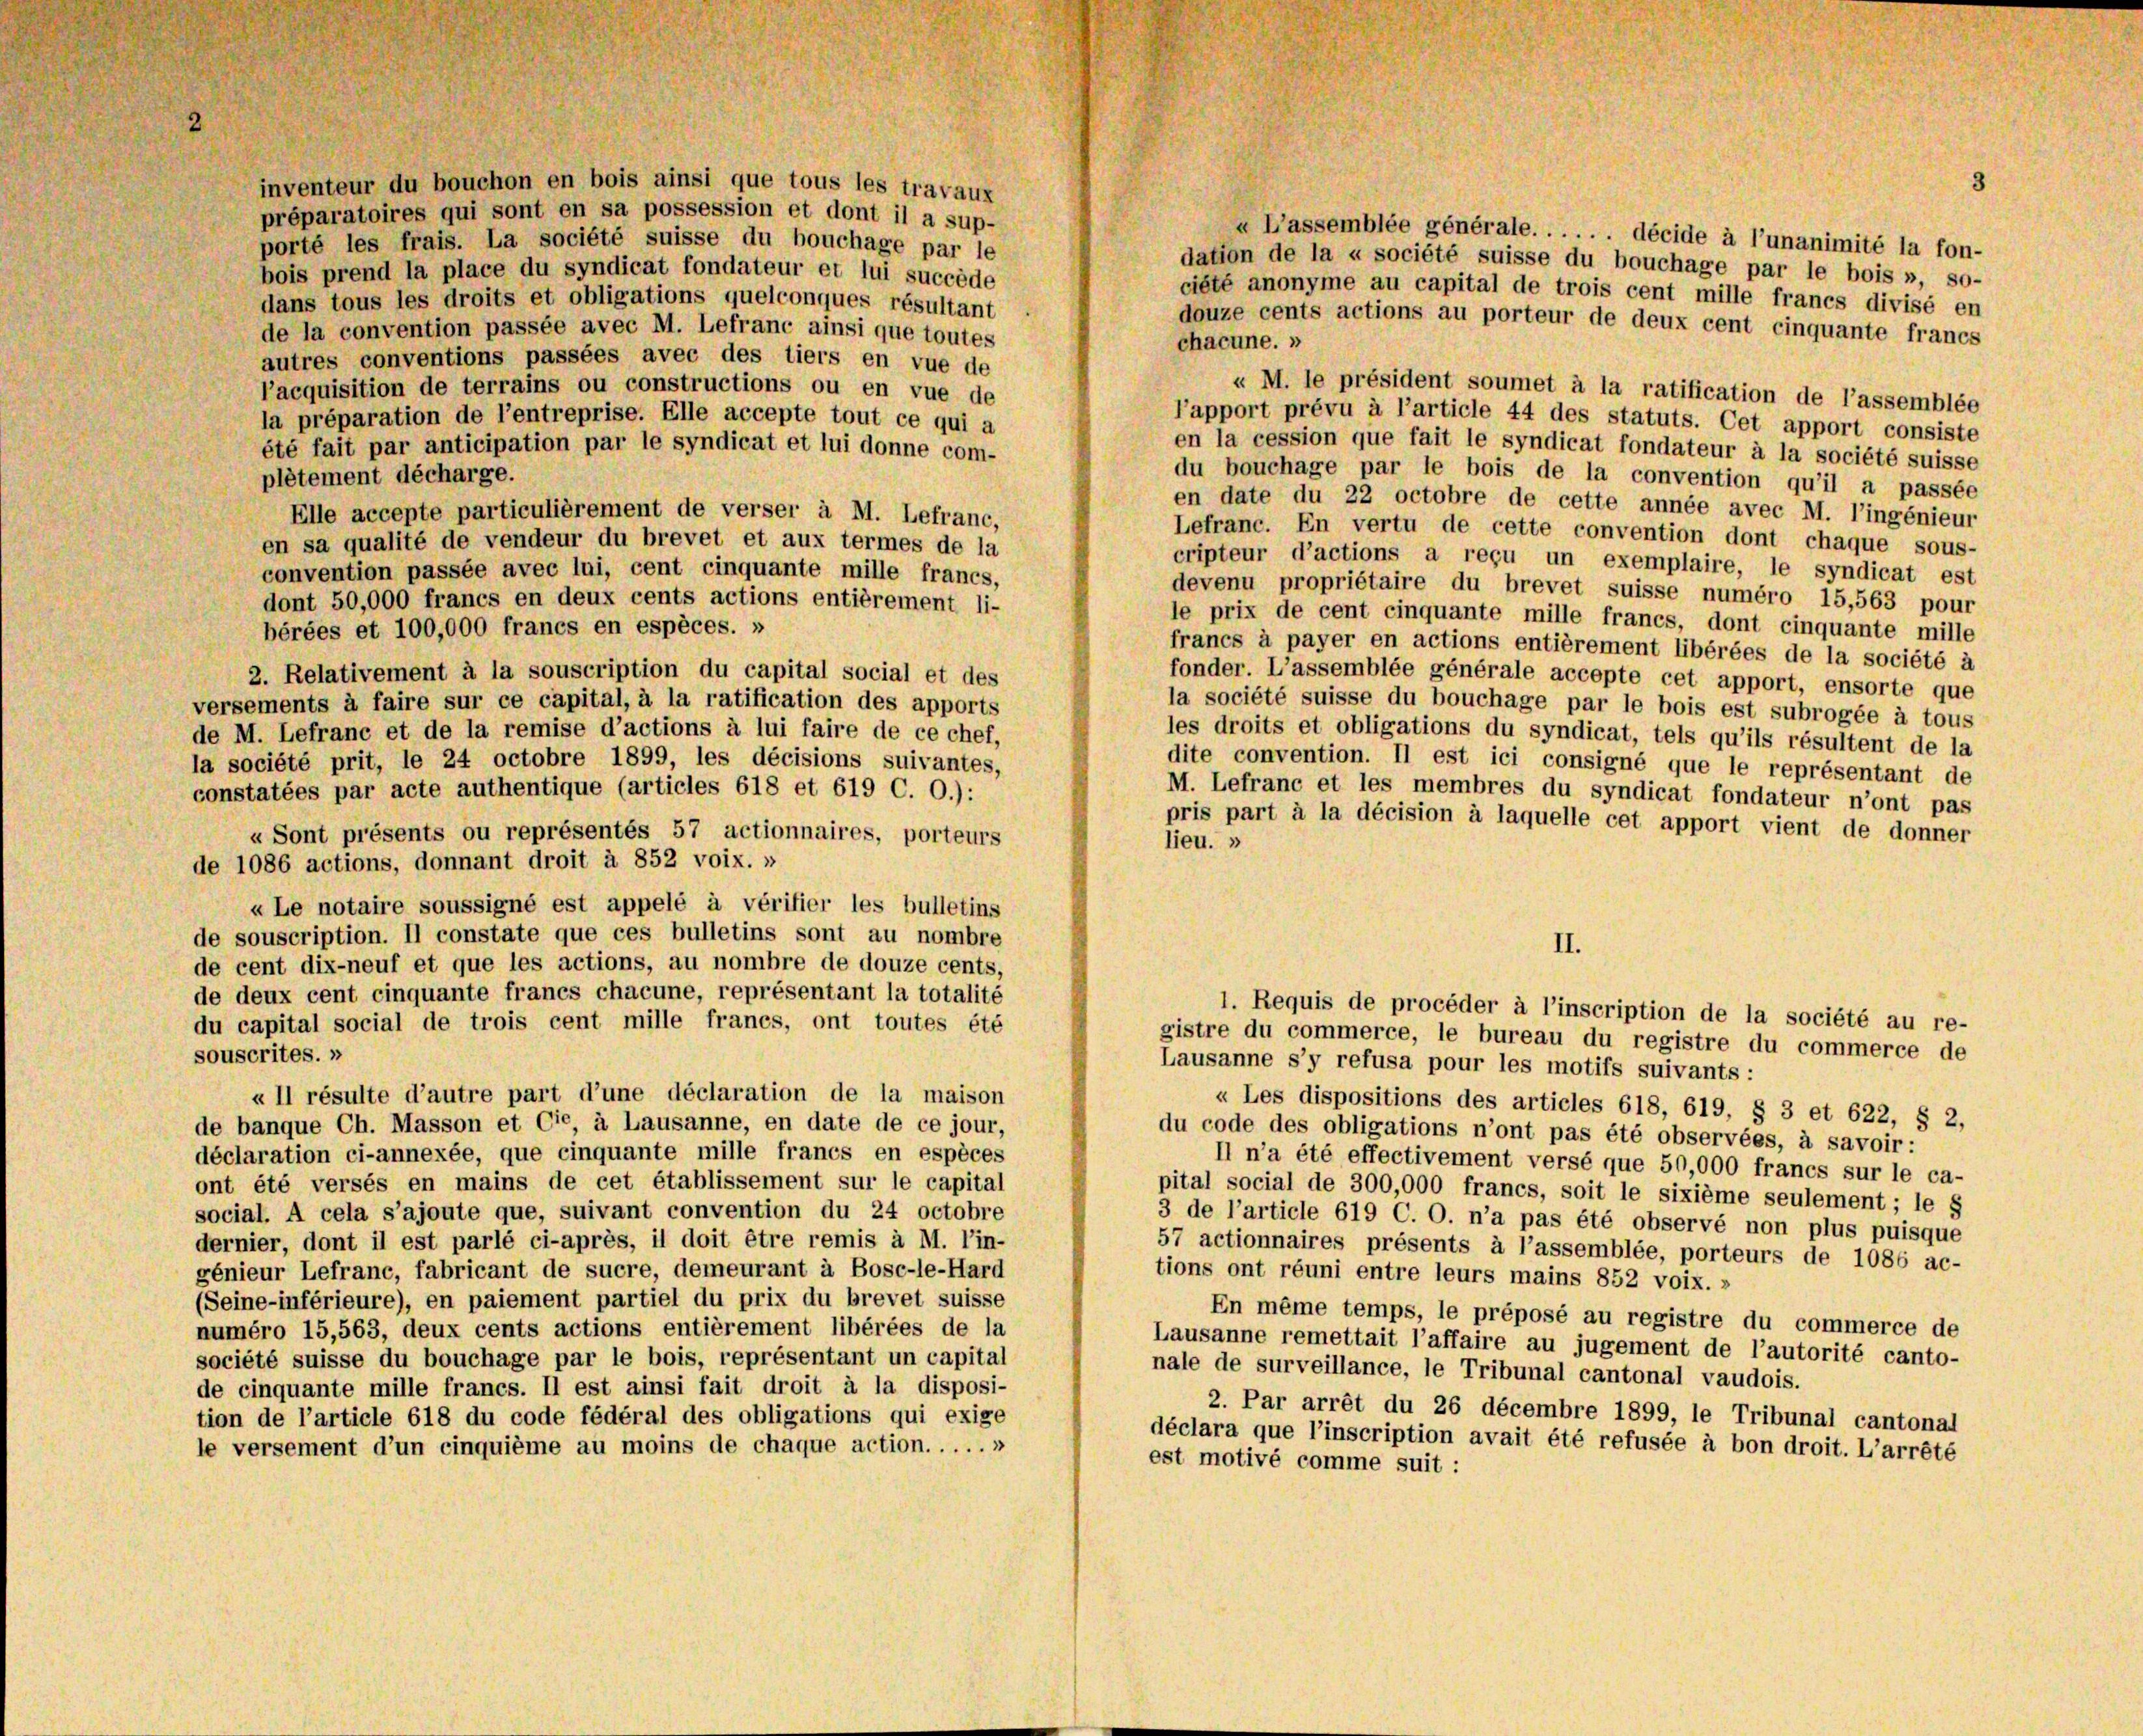
8
préparatoires qui sont en sa possession et dont il a sup-
u L’assemblée générale. . . . . . décide à l’unanimité la fon-
porté les frais. La société suisse du bouchage par le
dation de la « société suisse du bouchage par le bois », so-
bois prend la place du syndicat fondateur et lui succède
ciété anonyme au capital de trois cent mille francs divisé en
dans tous les droits et obligations quelconques résultant
douze cents actions au porteur de deux cent cinquante francs
de la convention passée avec M. Lefranc ainsi que toutes
chacune. »
autres conventions passées avec des tiers en vue de
l’acquisition de terrains ou constructions ou en vue de
u M. le président soumet à la ratification de l’assemblée
la préparation de l’entreprise. Elle accepte tout ce qui a
l’apport prévu à l’article 44 des statuts. Cet apport consiste
été fait par anticipation par le syndicat et lui donne com-
en la cession que fait le syndicat fondateur à la société suisse
du bouchage par le bois de la convention qu’il a passée
plètement décharge.
en date du 22 octobre de cette année avec M. l’ingénieur
Elle accepte particulièrement de verser à M. Lefranc,
Lefranc. En vertu de cette convention dont chaque sous-
en sa qualité de vendeur du brevet et aux termes de la
cripteur d’actions a reçu un exemplaire, le syndicat est
convention passée avec lui, cent cinquante mille francs,
devenu propriétaire du brevet suisse numéro 15,563 pour
dont 50,000 francs en deux cents actions entièrement li-
le prix de cent cinquante mille francs, dont cinquante mille
bérées et 100,000 francs en espèces. »
francs à payer en actions entièrement libérées de la société à
2. Relativement à la souscription du capital social et des
fonder. L’assemblée générale accepte cet apport, ensorte que
versements à faire sur ce capital, à la ratification des apports
la société suisse du bouchage par le bois est subrogée à tous
de M. Lefranc et de la remise d’actions à lui faire de ce chef,
les droits et obligations du syndicat, tels qu’ils résultent de la
la société prit, le 24 octobre 1899, les décisions suivantes,
dite convention. Il est ici consigné que le représentant de
constatées par acte authentique (articles 618 et 619 C. 0.):
M. Lefranc et les membres du syndicat fondateur n’ont pas
pris part à la décision à laquelle cet apport vient de donner
« Sont présents ou représentés 57 actionnaires, porteurs
lieu. »
de 1086 actions, donnant droit à 852 voix. »
u Le notaire soussigné est appelé à vérifier les bulletins
de souscription. Il constate que ces bulletins sont au nombre
II.
de cent dix-neuf et que les actions, au nombre de douze cents,
de deux cent cinquante francs chacune, représentant la totalité
1. Requis de procéder à l’inscription de la société au re-
du capital social de trois cent mille francs, ont toutes été
gistre du commerce, le bureau du registre du commerce de
souscrites.»
Lausanne s’y refusa pour les motifs suivants:
« Il résulte d’autre part d’une déclaration de la maison
« Les dispositions des articles 618, 619, § 3 et 622, § 2,
de banque Ch. Masson et Cie, à Lausanne, en date de ce jour,
du code des obligations n’ont pas été observées, à savoir :
déclaration ci-annexée, que cinquante mille francs en espèces
Il n’a été effectivement versé que 50,000 francs sur le ca-
ont été versés en mains de cet établissement sur le capital
pital social de 300,000 francs, soit le sixième seulement; le s
social. A cela s’ajoute que, suivant convention du 24 octobre
3 de l’article 619 C. O. n’a pas été observé non plus puisque
dernier, dont il est parlé ci-après, il doit être remis à M. l’in-
57 actionnaires présents à l’assemblée, porteurs de 1086 ac-
génieur Lefranc, fabricant de sucre, demeurant à Bosc-le-Hard
tions ont réuni entre leurs mains 852 voix. »
(Seine-inférieure), en paiement partiel du prix du brevet suisse
En même temps, le préposé au registre du commerce de
numéro 15,563, deux cents actions entièrement libérées de la
Lausanne remettait l’affaire au jugement de l’autorité canto-
société suisse du bouchage par le bois, représentant un capital
nale de surveillance, le Tribunal cantonal vaudois.
de cinquante mille francs. Il est ainsi fait droit à la disposi-
2. Par arrêt du 26 décembre 1899, le Tribunal cantonal
tion de l’article 618 du code fédéral des obligations qui exige
déclara que l’inscription avait été refusée à bon droit. L’arrêté
le versement d’un cinquième au moins de chaque action. . ...»
est motivé comme suit:

inventeur du bouchon en bois ainsi que tous les travaux